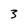
Character: 3